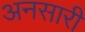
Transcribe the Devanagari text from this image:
अनसारी